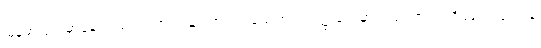
မြန်မာပြည်မှာနေကြသည်၊ ဘယ်သူ လာကူပါ့မယ် စတဲ့ ဝတ္ထုတွေမှာလည်း ဇာတ်အိမ်လေးလေးနဲ့